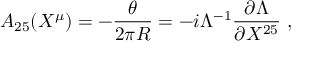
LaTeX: A _ { 2 5 } ( X ^ { \mu } ) = - { \frac { \theta } { 2 \pi R } } = - i \Lambda ^ { - 1 } { \frac { \partial \Lambda } { \partial X ^ { 2 5 } } } \ , \nonumber